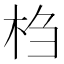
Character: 𰗙